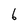
Character: 6